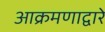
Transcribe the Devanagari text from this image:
आक्रमणाद्वारे